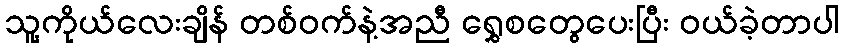
သူ့ကိုယ်လေးချိန် တစ်ဝက်နဲ့အညီ ရွှေစတွေပေးပြီး ဝယ်ခဲ့တာပါ